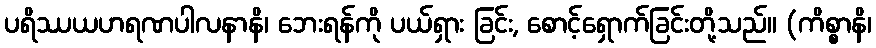
ပရိဿယဟရဏပါလနာနိ၊ ဘေးရန်ကို ပယ်ရှား ခြင်း, စောင့်ရှောက်ခြင်းတို့သည်။ (ကိစ္စာနိ၊